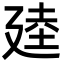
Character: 𫸒